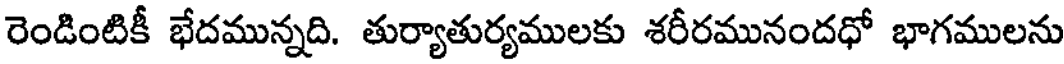
రెండింటికీ భేదమున్నది. తుర్యాతుర్యములకు శరీరమునందధో భాగములను